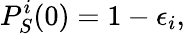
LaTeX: P_{S}^{i}(0)=1-\epsilon_{i},